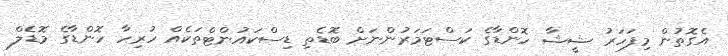
އެގޮތުން މިފަހަރު ޝީޝާ ހޮންޑާގެ ކަސްޓަމަރުންނަށް ބޮޑެތި ޑިސްކައުންޓްތަކެއް ހުރިހާ ހޮންޑާގެ މޮޑެލް